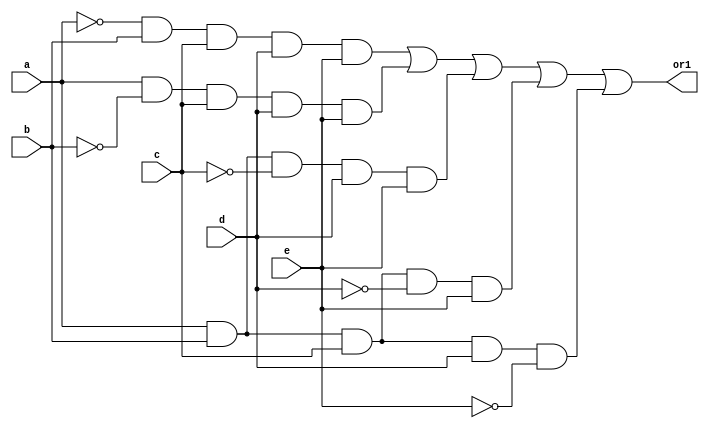
// circuito responsvel pelo caso comprometido
module comprometido(a, b, c, d, e, or1);
	// declarao das entradas e sadas
	input a, b, c, d, e;
	output or1;
	wire out_and2, out_and3, out_and4, out_and5, out_and6;
	
	// lgica
	and
		and2 (out_and2, ~a, b, c, d, e),
		and3 (out_and3, a, ~b, c, d, e),
		and4 (out_and4, a, b, ~c, d, e),
		and5 (out_and5, a, b, c, ~d, e),
		and6 (out_and6, a, b, c, d, ~e);
	
	assign or1 = out_and2 | out_and3 | out_and4 | out_and5 | out_and6;
	// um lote comprometido apenas uma entrada em nvel lgico baixo
	// e as outras em nvel lgico alto
endmodule